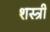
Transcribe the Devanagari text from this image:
शस्त्री